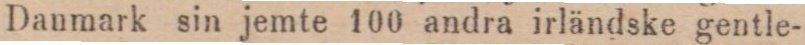
Danmark sin jemte 100 andra irländske gentle-